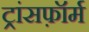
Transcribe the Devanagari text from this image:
ट्रांसफ़ॉर्म